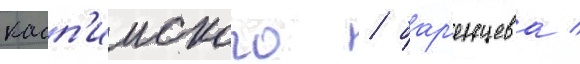
касп'ииского / бар'енцева /